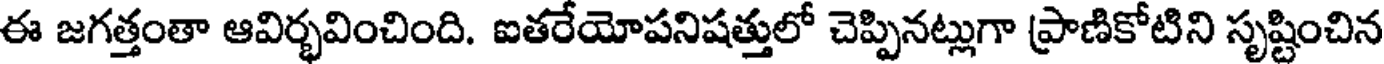
ఈ జగత్తంతా ఆవిర్భవించింది. ఐతరేయోపనిషత్తులో చెప్పినట్లుగా ప్రాణికోటిని సృష్టించిన